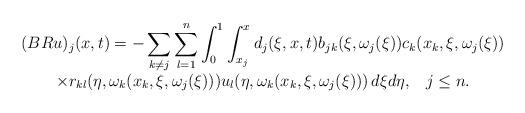
LaTeX: \begin{align*}\begin{array}{cc}(BRu)_{j}(x,t)=-\displaystyle \sum_{k\neq j}\sum_{l=1}^{n}\int_{0}^{1}\int_{x_j}^{x}d_{j}(\xi,x,t)b_{jk}(\xi,\omega_j(\xi))c_{k}(x_k,\xi,\omega_j(\xi))& \\\displaystyle \times r_{kl}(\eta,\omega_k(x_k,\xi,\omega_j(\xi)))u_{l}(\eta,\omega_k(x_k,\xi,\omega_j(\xi)))\,d\xi d\eta, \;\;\; j\le n. & \end{array}\end{align*}